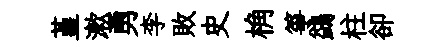
堇漱勇李敗史桷箏鷁柱卻